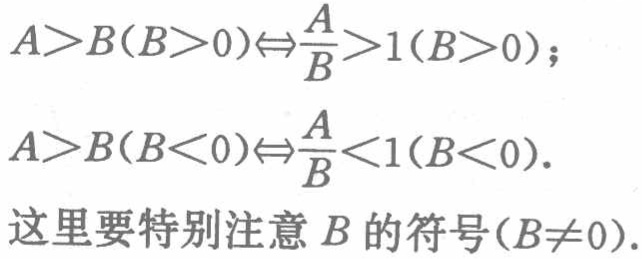
\[

\begin{align*}

A > B(B>0)&\Leftrightarrow\frac{A}{B}>1(B > 0);\\

A > B(B<0)&\Leftrightarrow\frac{A}{B}<1(B < 0).

\end{align*}

\]

这里要特别注意 \(B\) 的符号(\(B\neq0\)).